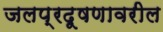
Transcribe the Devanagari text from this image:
जलप्रदूषणावरील